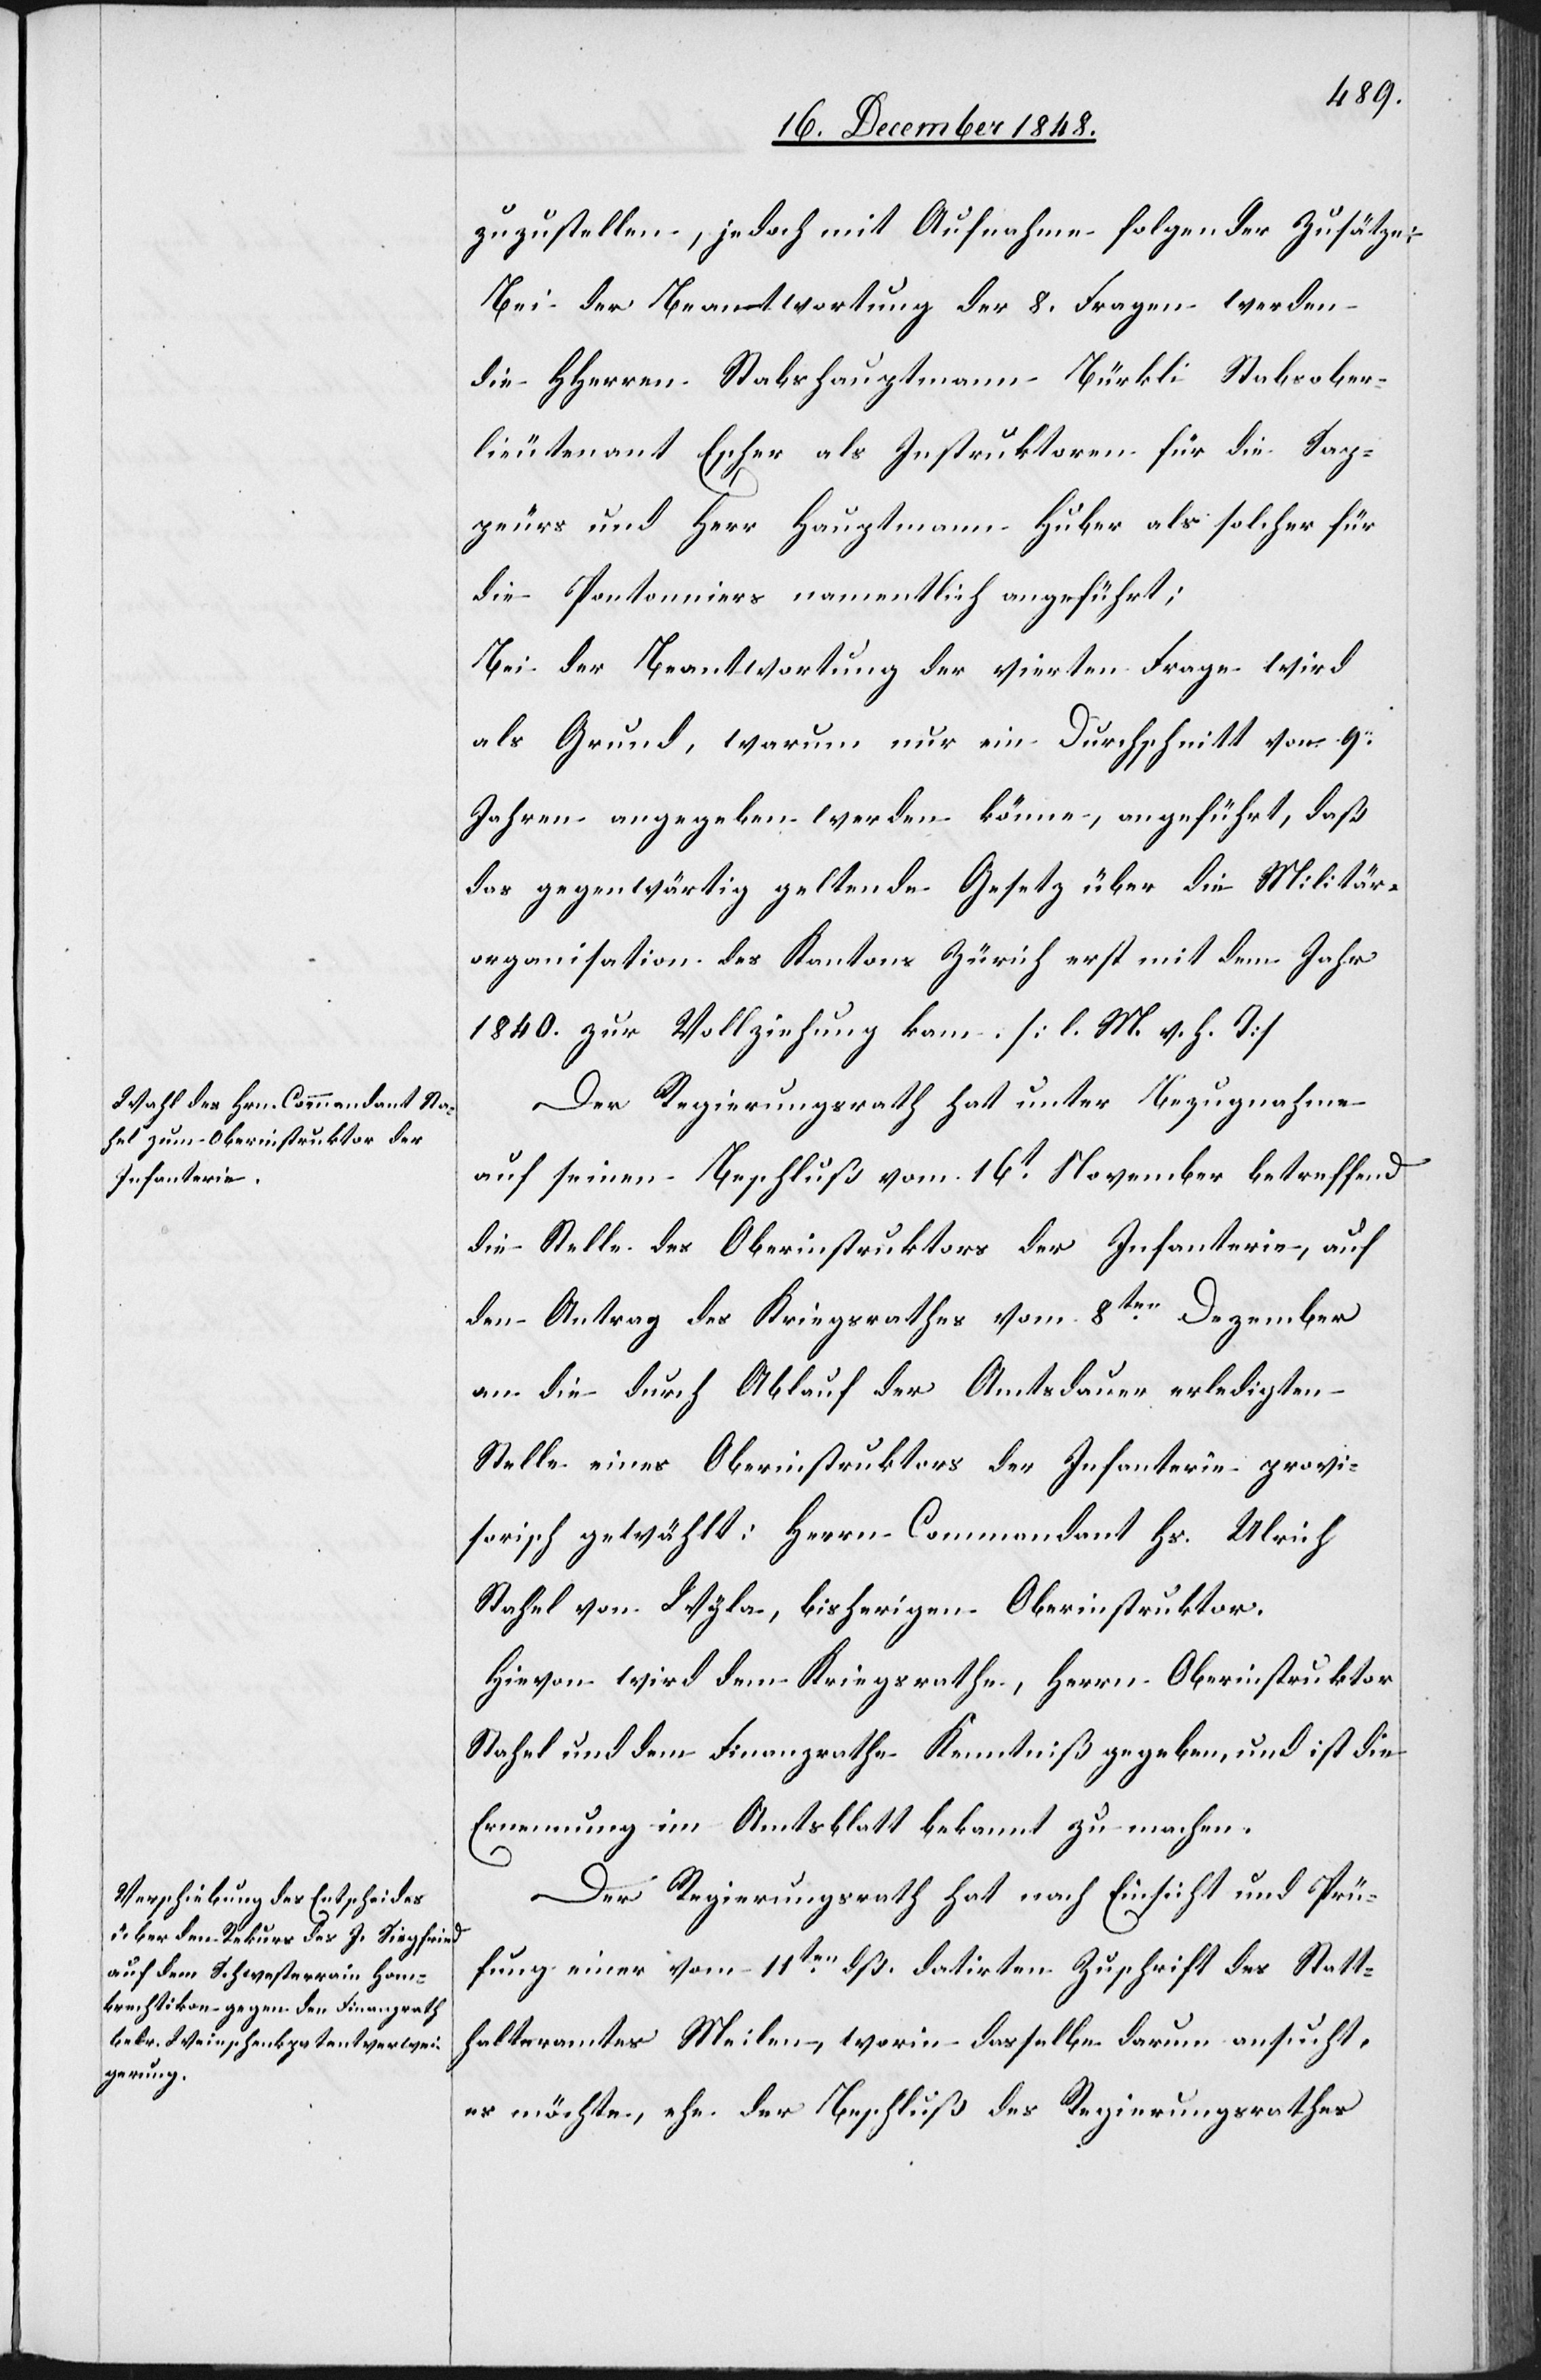
Infanterie,

zuzustellen, jedoch mit Aufnahme folgender Zusätze:
Bei der Beantwortung der 8. Fragen werden
die HHerren Stabshauptmann Bürkli Stabsober¬
lieutenant Escher als Instruktoren für die Sap¬
peurs und Herr Hauptmann Huber als solcher für
die Pontonniers namentlich angeführt;
Bei der Beantwortung der vierten Frage wird
als Grund, warum nur ein Durchschnitt von 9.
Jahren angegeben werden könne, angeführt, daß
das gegenwärtig geltende Gesetz über die Militär¬
organisation des Kantons Zürich erst mit dem Jahr
1840. zur Vollziehung kam. [l. M. v. h. T]
Der Regierungsrath hat unter Bezugnahme
auf seinen Beschluß vom 16t November die Stelle des
den Antrag des Kriegsrathes vom 8ten Dezember
an die durch Ablauf der Amtsdauer erledigten
Stelle eines Oberinstruktors der Infanterie provi¬
sorisch gewählt: Herrn Commandant Hs. Ulrich
Stahel von Wyla, bisherigen Oberinstruktor.
Hievon wird dem Kriegsrathe, Herrn Oberinstruktor
Stahel und dem Finanzrathe Kenntniß gegeben, und ist die
Ernennung im Amtsblatt bekannt zu machen.
Der Regierungsrath hat nach Einsicht und Prü¬
fung einer vom 11ten dß. datirten Zuschrift des Statt¬
halteramtes Meilen, worin dasselbe darum ansucht,
es möchte, ehe der Beschluß des Regierungsrathes